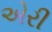
એરી